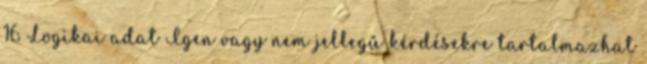
16 Logikai adat Igen vagy nem jellegű kérdésekre tartalmazhat